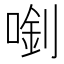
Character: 𠺓